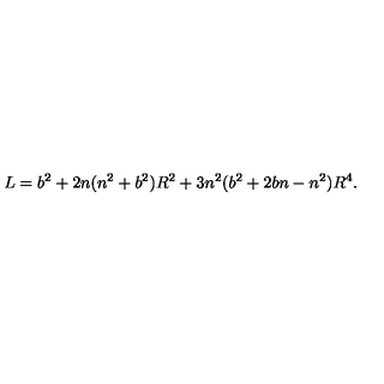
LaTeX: L = b ^ { 2 } + 2 n ( n ^ { 2 } + b ^ { 2 } ) R ^ { 2 } + 3 n ^ { 2 } ( b ^ { 2 } + 2 b n - n ^ { 2 } ) R ^ { 4 } .